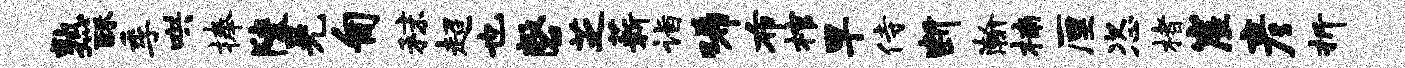
熟酥季哄捧陵晃匍秣超也磬芝薪诣唏布棺早侍断瀚楠厘恣楮崖彦折